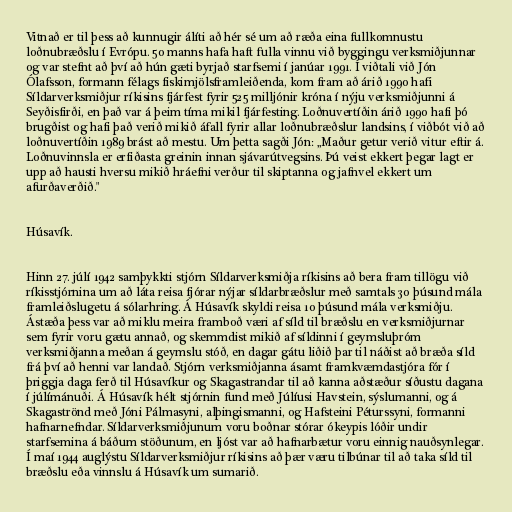
Vitnað er til þess að kunnugir álíti að hér sé um að ræða eina fullkomnustu
loðnubræðslu í Evrópu. 50 manns hafa haft fulla vinnu við byggingu verksmiðjunnar
og var stefnt að því að hún gæti byrjað starfsemi í janúar 1991. Í viðtali við Jón
Ólafsson, formann félags fiskimjölsframleiðenda, kom fram að árið 1990 hafi
Síldarverksmiðjur ríkisins fjárfest fyrir 525 milljónir króna í nýju verksmiðjunni á
Seyðisfirði, en það var á þeim tíma mikil fjárfesting. Loðnuvertíðin árið 1990 hafi þó
brugðist og hafi það verið mikið áfall fyrir allar loðnubræðslur landsins, í viðbót við að
loðnuvertíðin 1989 brást að mestu. Um þetta sagði Jón: „Maður getur verið vitur eftir á.
Loðnuvinnsla er erfiðasta greinin innan sjávarútvegsins. Þú veist ekkert þegar lagt er
upp að hausti hversu mikið hráefni verður til skiptanna og jafnvel ekkert um
afurðaverðið."

Húsavík.

Hinn 27. júlí 1942 samþykkti stjórn Síldarverksmiðja ríkisins að bera fram tillögu við
ríkisstjórnina um að láta reisa fjórar nýjar síldarbræðslur með samtals 30 þúsund mála
framleiðslugetu á sólarhring. Á Húsavík skyldi reisa 10 þúsund mála verksmiðju.
Ástæða þess var að miklu meira framboð væri af síld til bræðslu en verksmiðjurnar
sem fyrir voru gætu annað, og skemmdist mikið af síldinni í geymsluþróm
verksmiðjanna meðan á geymslu stóð, en dagar gátu liðið þar til náðist að bræða síld
frá því að henni var landað. Stjórn verksmiðjanna ásamt framkvæmdastjóra fór í
þriggja daga ferð til Húsavíkur og Skagastrandar til að kanna aðstæður síðustu dagana
í júlímánuði. Á Húsavík hélt stjórnin fund með Júlíusi Havstein, sýslumanni, og á
Skagaströnd með Jóni Pálmasyni, alþingismanni, og Hafsteini Péturssyni, formanni
hafnarnefndar. Síldarverksmiðjunum voru boðnar stórar ókeypis lóðir undir
starfsemina á báðum stöðunum, en ljóst var að hafnarbætur voru einnig nauðsynlegar.
Í maí 1944 auglýstu Síldarverksmiðjur ríkisins að þær væru tilbúnar til að taka síld til
bræðslu eða vinnslu á Húsavík um sumarið.